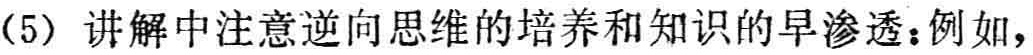
（5）讲解中注意逆向思维的培养和知识的早渗透：例如，